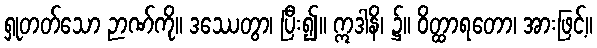
ရှုတတ်သော ဉာဏ်ကို။ ဒဿေတွာ၊ ပြီး၍။ ဣဒါနိ၊ ၌။ ဝိတ္ထာရတော၊ အားဖြင့်။